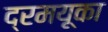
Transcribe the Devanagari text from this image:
द्रमयूका